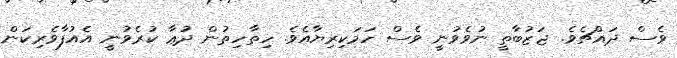
ވެސް ދައްޗެވެ. ޖަޒުބާތީ ނުވެވުނީ ވެސް ހަމަކިރިޔާއެވެ. ހިތާހިތުން ދުޢާ ކުރެވުނީ އެއުފާވެރިކަން